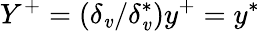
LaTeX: Y^{+}=(\delta_{\mathit{v}}/\delta_{\mathit{v}}^{*})y^{+}=y^{*}